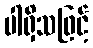
ပါရှိသဖြင့်